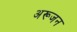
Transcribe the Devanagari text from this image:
अरूजन